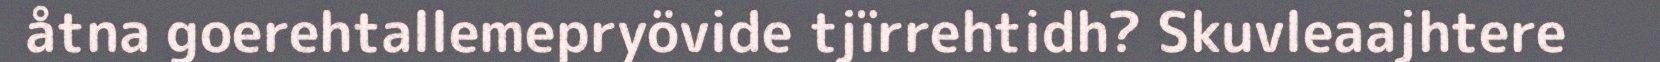
åtna goerehtallemepryövide tjïrrehtidh? Skuvleaajhtere